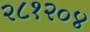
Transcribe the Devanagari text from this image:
२८१२०४